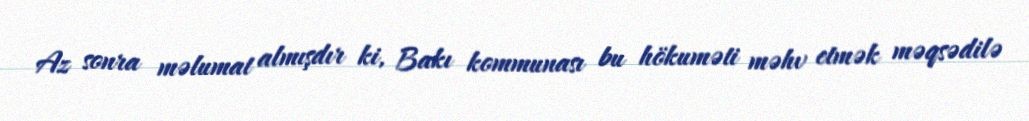
Az sonra məlumat almışdır ki, Bakı kommunası bu hökuməti məhv etmək məqsədilə